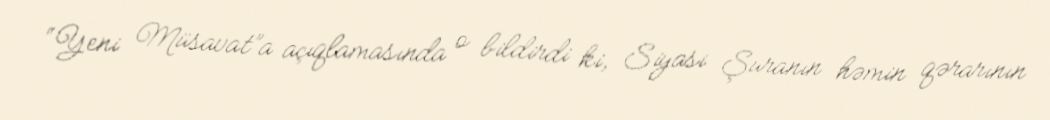
“Yeni Müsavat”a açıqlamasında o bildirdi ki, Siyasi Şuranın həmin qərarının